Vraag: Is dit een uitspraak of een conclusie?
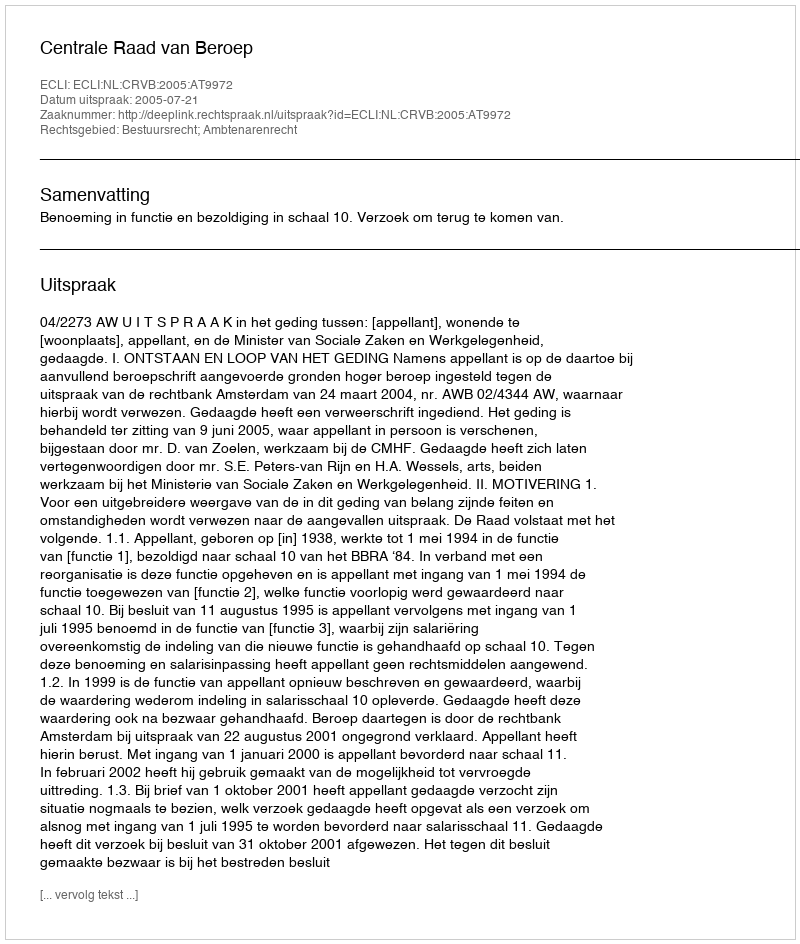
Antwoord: Uitspraak